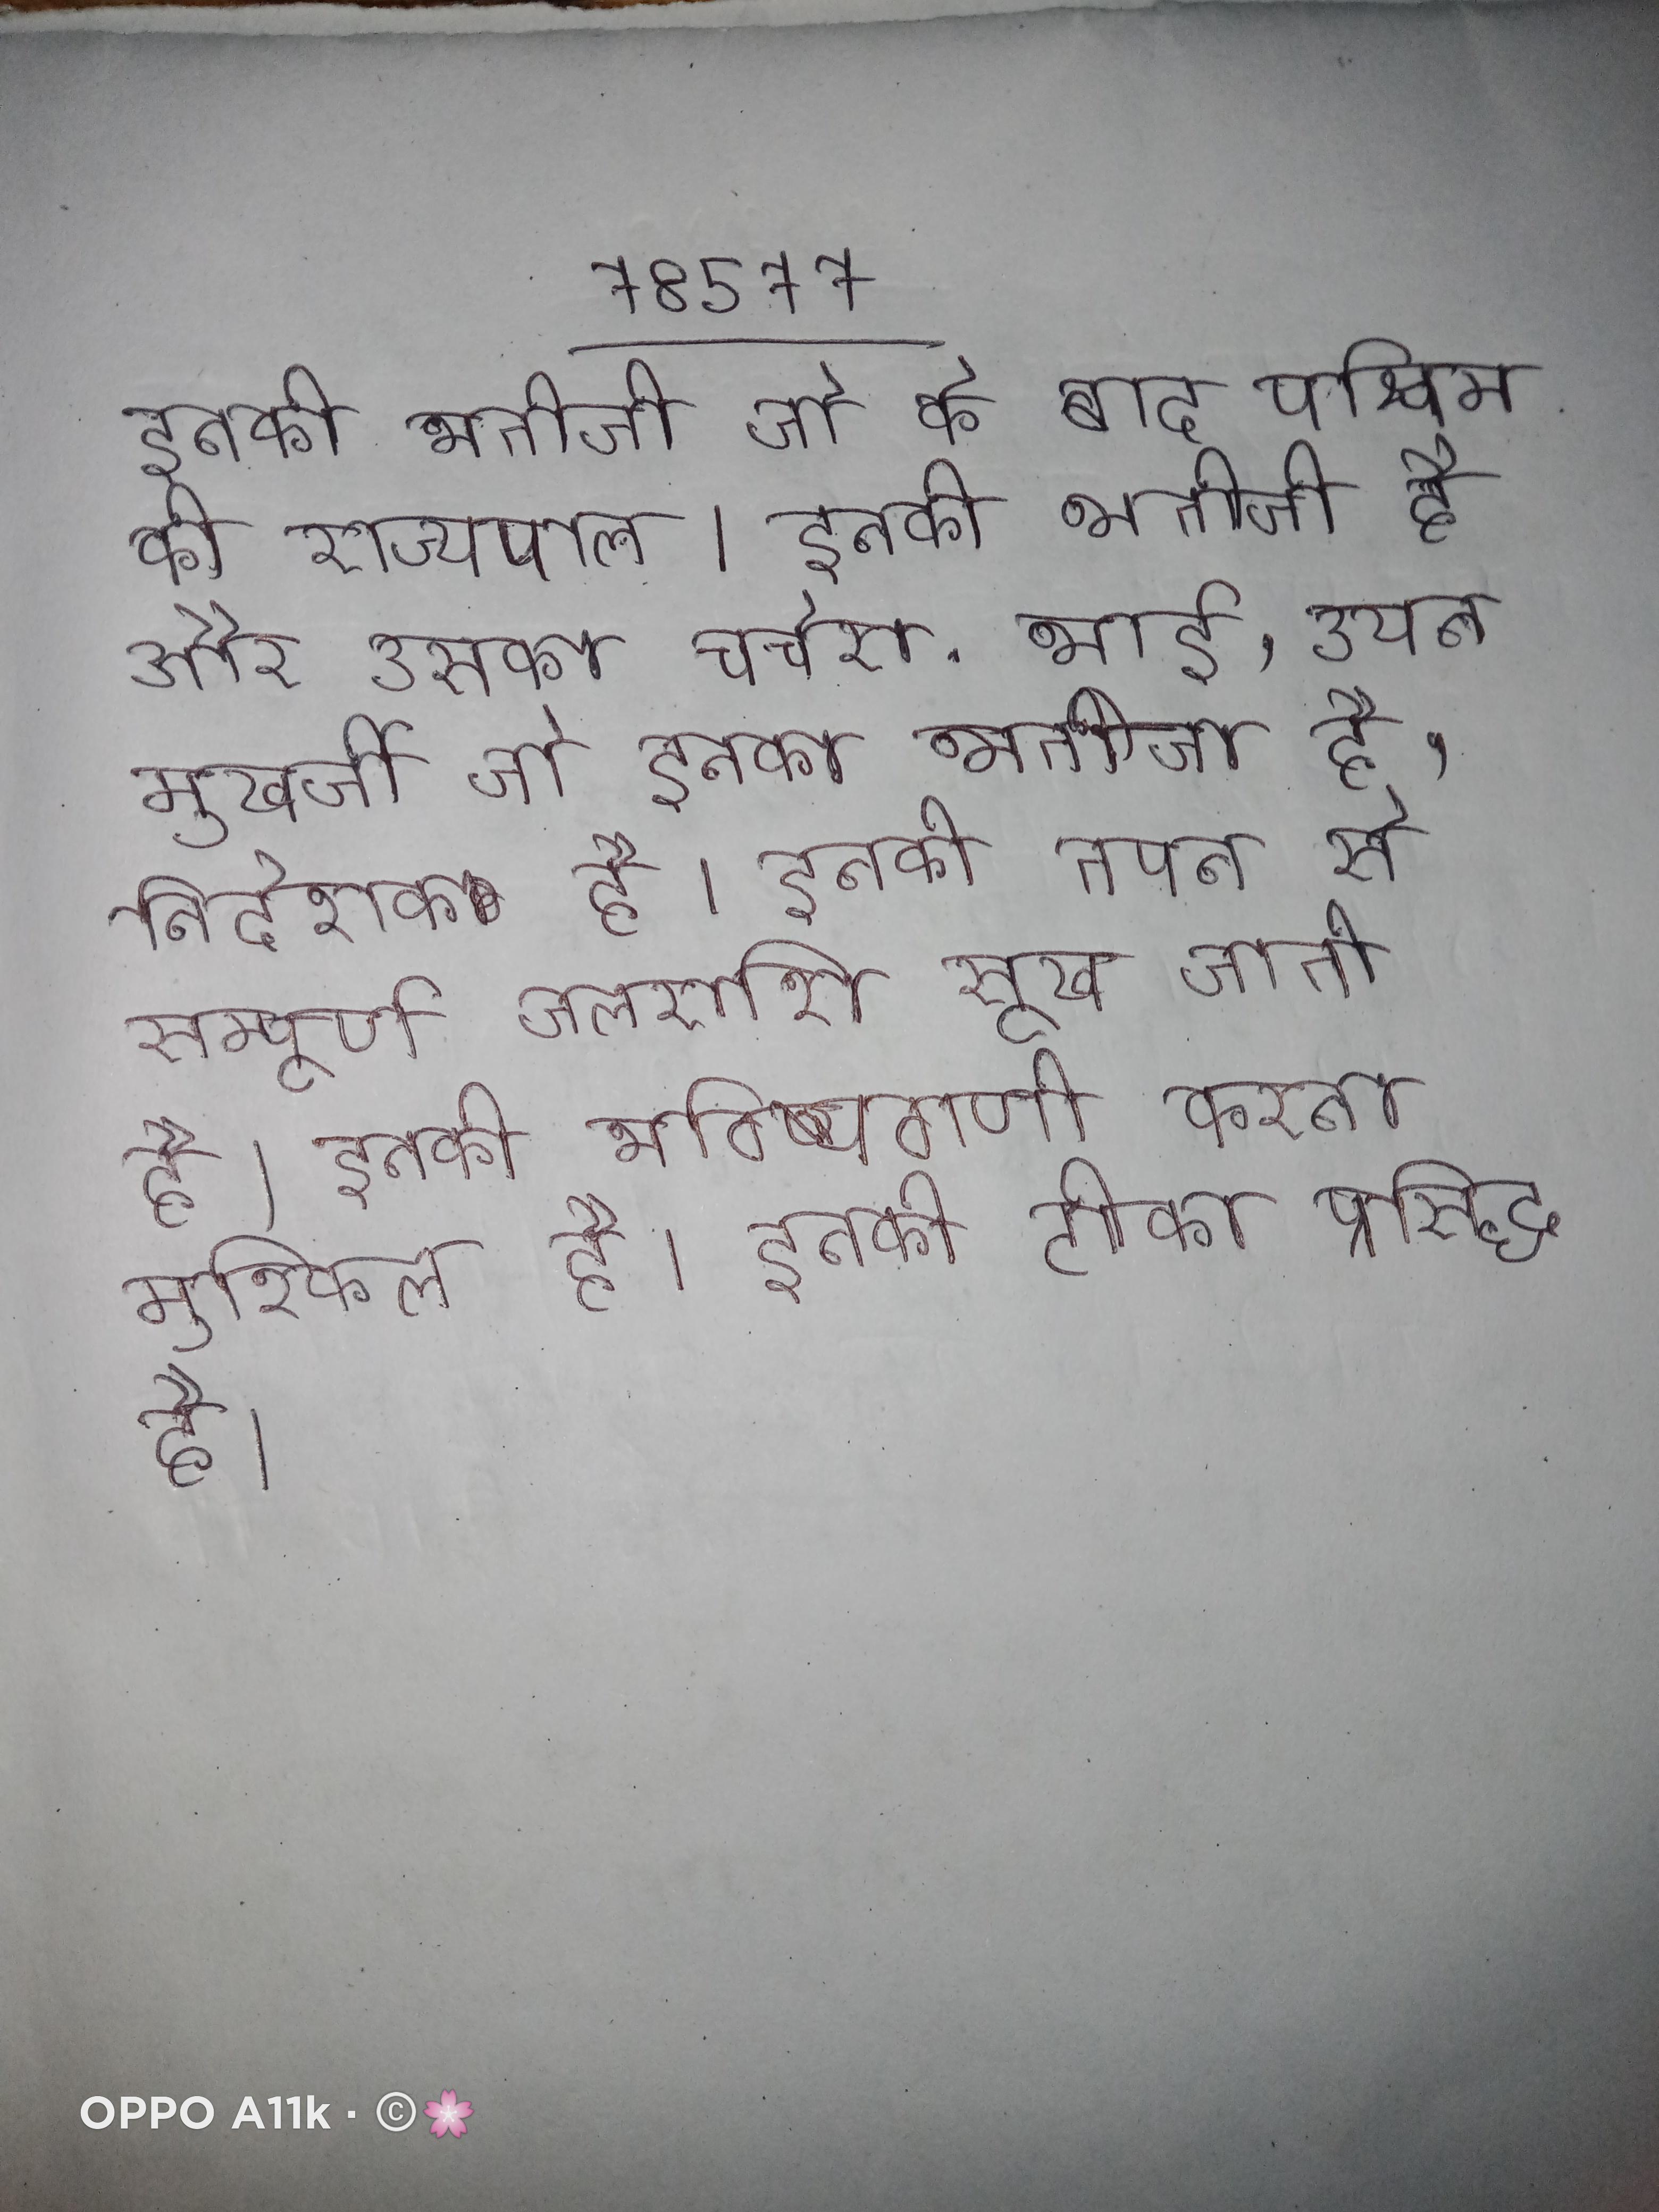
इनकी भतीजी जो के बाद पश्चिम की राज्यपाल । इनकी भतीजी है और उसका चचेरा भाई, अयन मुखर्जी जो इनका भतीजा है, निदेशक है । इनकी तपन से सम्पूर्ण जलराशि सूख जाती है । इनकी भविष्यवाणी करना मुश्किल है । इनकी टीका प्रसिद्ध है ।